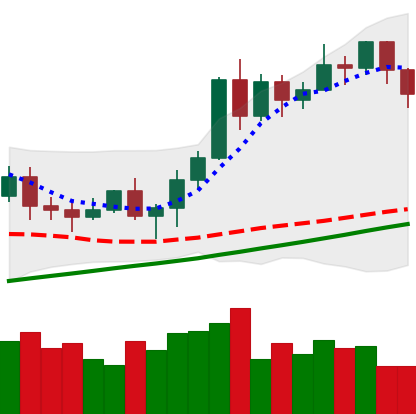
Ticker: ETH-USD
Chart end date: 2020-11-15
Forward return: 13.894%
Label: up_7plus